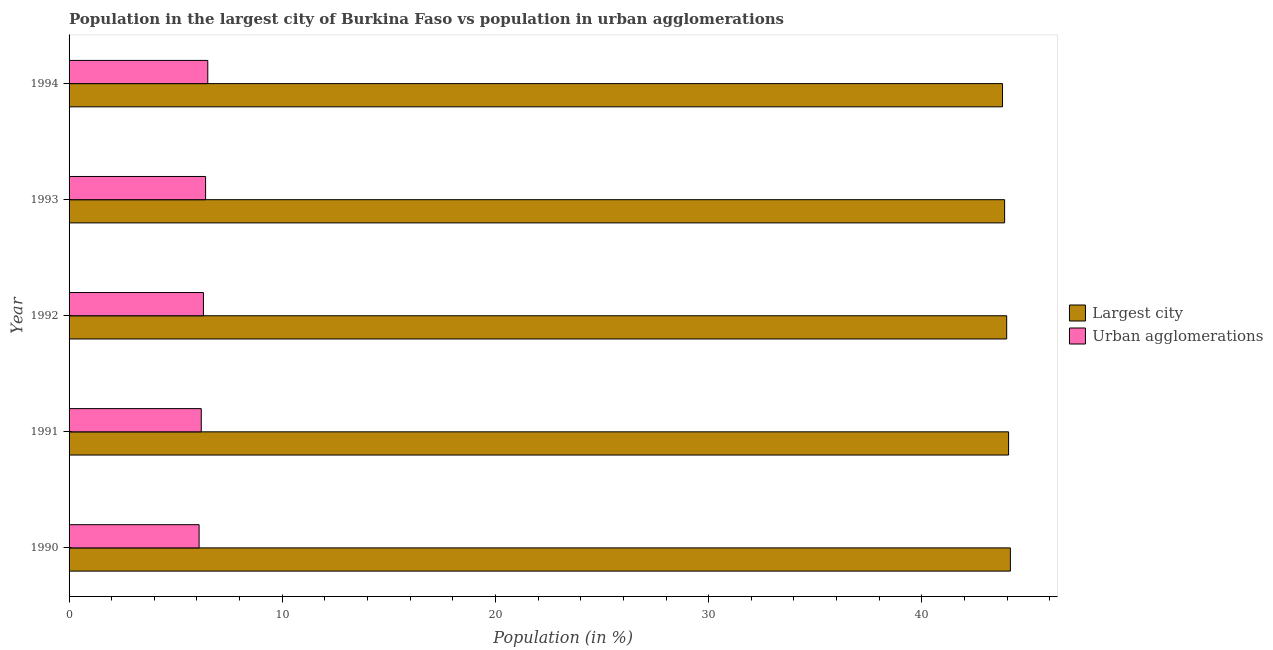
| Year | Largest city | Urban agglomerations |
 | --- | --- | --- |
 | 1990 | 44.2 | 6.1 |
 | 1991 | 44.1 | 6.2 |
 | 1992 | 44 | 6.3 |
 | 1993 | 43.9 | 6.4 |
 | 1994 | 43.8 | 6.51 |